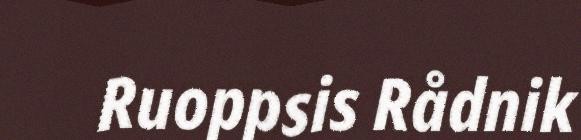
Ruoppsis Rådnik